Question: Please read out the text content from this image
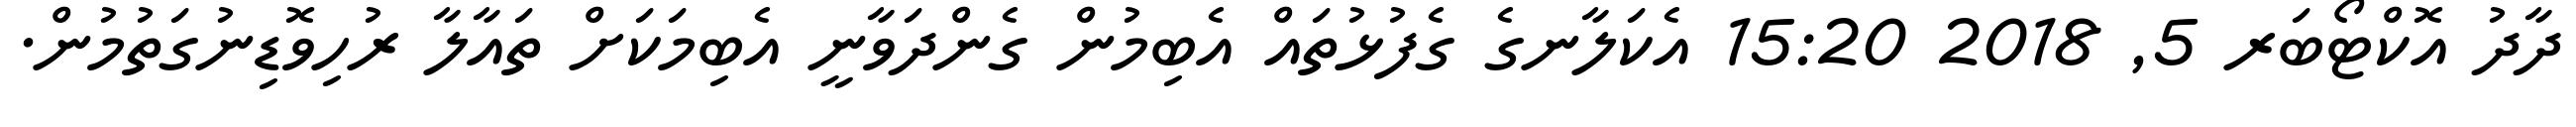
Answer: ދާދު އޮކްޓޯބަރ 5, 2018 15:20 އެކަލާނގެ ގެފުޅުތައް އެބިމުން ގެންދަވާނީ އެބިމަކަށް ތައާލާ ރުހިވޮޑިނުގަތުމުން.